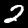
Label: 2